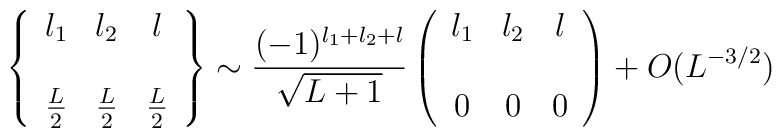
\left\{\begin{array}{ccc} l_1 & l_2&l\\ {} & {} & \\{L\over2}&{L\over 2}&{L\over 2}\end{array} \right\}\sim{(-1)^{l_1+l_2+l}\over\sqrt{L+1}}\left(\begin{array}{ccc} l_1 & l_2&l\\ {} & {} & \\0&0&0\end{array}\right) + O(L^{-3/2})